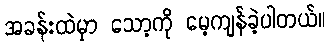
အခန်းထဲမှာ သော့ကို မေ့ကျန်ခဲ့ပါတယ်။